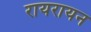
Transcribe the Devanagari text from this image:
रायरायन